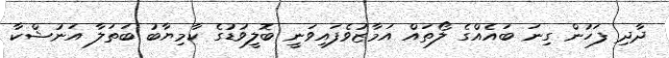
ދާދި ފަހުން ގިނަ ބައެއްގެ ލޯތައް އަމާޒުވެފައިވަނީ ބޮލީވުޑުގެ ކާމިޔާބު ބަތަލާ އަނުޝްކާ